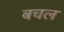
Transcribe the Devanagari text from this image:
बचल